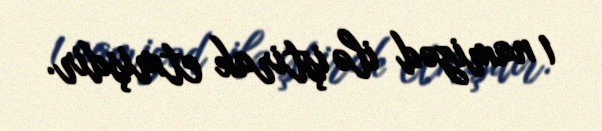
1 namizəd ilə iştirak etmişdir.